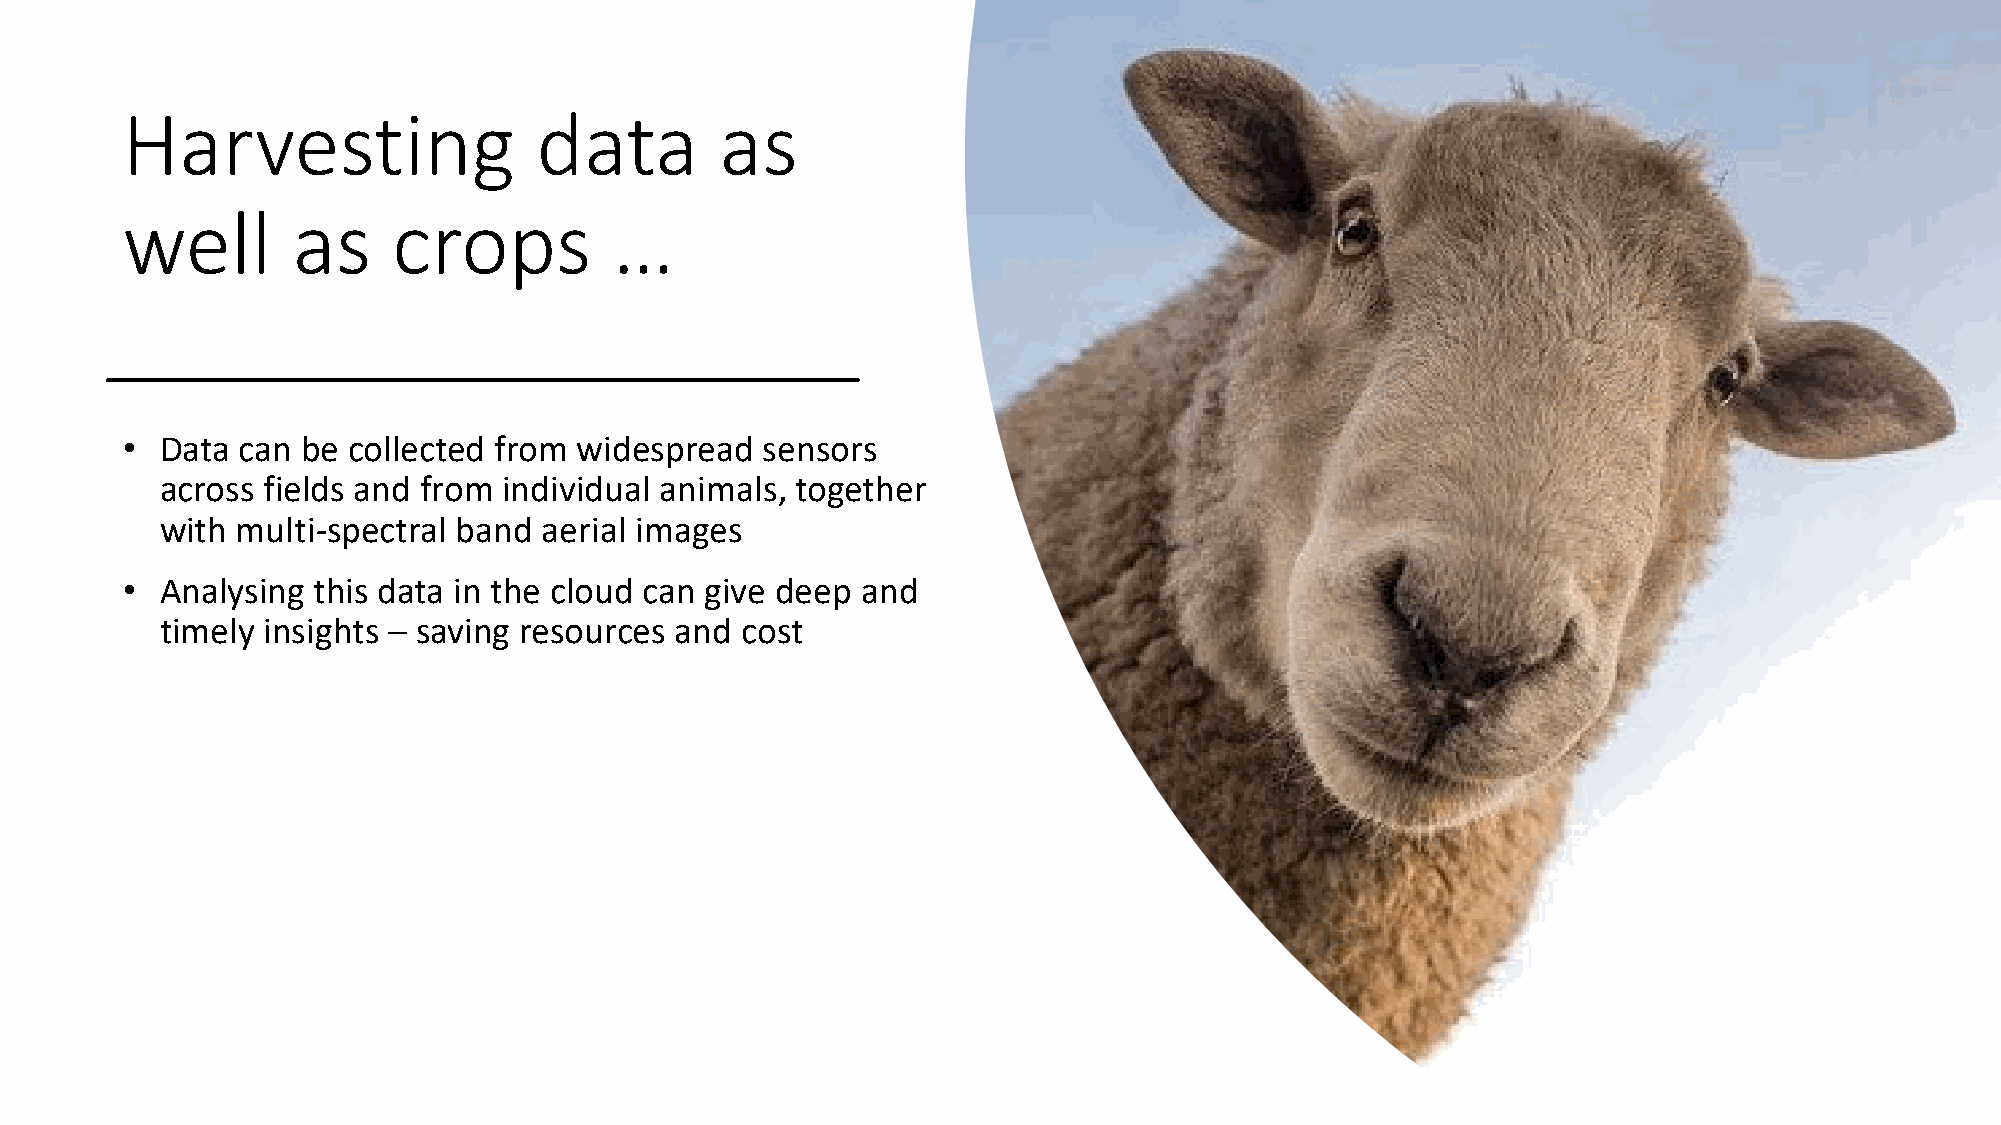
Harvesting                 data         as
 well       as     crops          …
 •  Data can be collected from widespread   sensors
 across fields and from individual animals, together
 with multi-spectral band aerial images
 •  Analysing this data in the cloud can give deep and
 timely insights – saving resources and cost